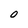
Character: O